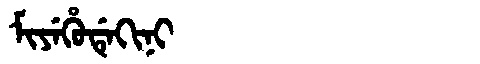
Manchu: ᠮᡳᠶᡝᡥᡠᡩᡝᡴᡳᠨᡳ
Romanization: MIYEHUDEKINI